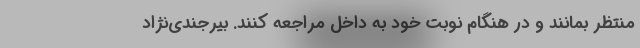
منتظر بمانند و در هنگام نوبت خود به داخل مراجعه کنند. بیرجندی‌نژاد